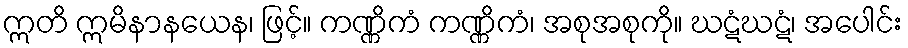
ဣတိ ဣမိနာနယေန၊ ဖြင့်။ ကဏ္ဏိကံ ကဏ္ဏိကံ၊ အစုအစုကို။ ဃဋံဃဋံ၊ အပေါင်း